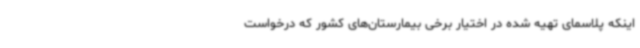
اینکه پلاسمای تهیه شده در اختیار برخی بیمارستان‌های کشور که درخواست